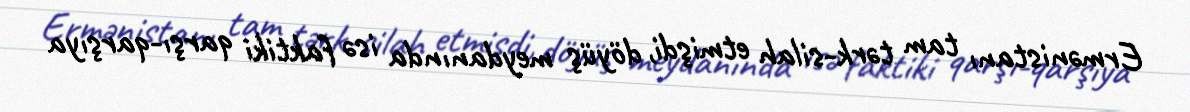
Ermənistanı tam tərk-silah etmişdi, döyüş meydanında isə faktiki qarşı-qarşıya